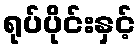
ရုပ်ပိုင်းနှင့်